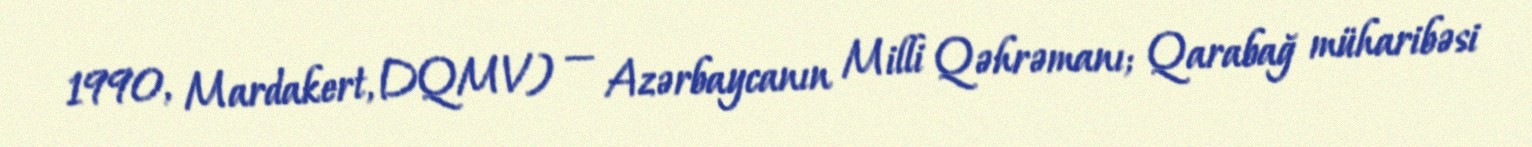
1990, Mardakert, DQMV) — Azərbaycanın Milli Qəhrəmanı; Qarabağ müharibəsi